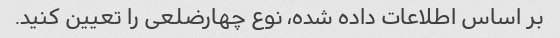
بر اساس اطلاعات داده شده، نوع چهارضلعی را تعیین کنید.